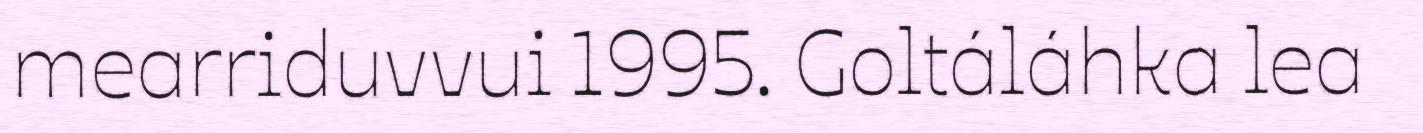
mearriduvvui 1995. Goltáláhka lea